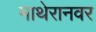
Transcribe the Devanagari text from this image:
माथेरानवर